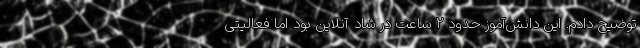
توضیح دادم. این دانش‌آموز حدود 2 ساعت در شاد آنلاین بود اما فعالیتی